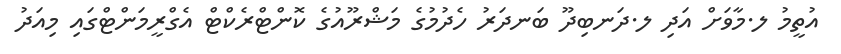
އުތީމު ލ.މާވަށް އަދި ލ.ދަނބިދޫ ބަނދަރު ހެދުމުގެ މަޝްރޫއުގެ ކޮންޓްރެކްޓް އެގްރީމަންޓްގައި މިއަދު